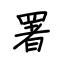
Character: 署